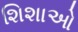
શિશાઓ